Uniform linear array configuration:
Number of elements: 4
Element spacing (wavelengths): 0.25
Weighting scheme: cosine
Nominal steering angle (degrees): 0
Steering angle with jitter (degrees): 1.269
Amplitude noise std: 0.05
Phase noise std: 0.05

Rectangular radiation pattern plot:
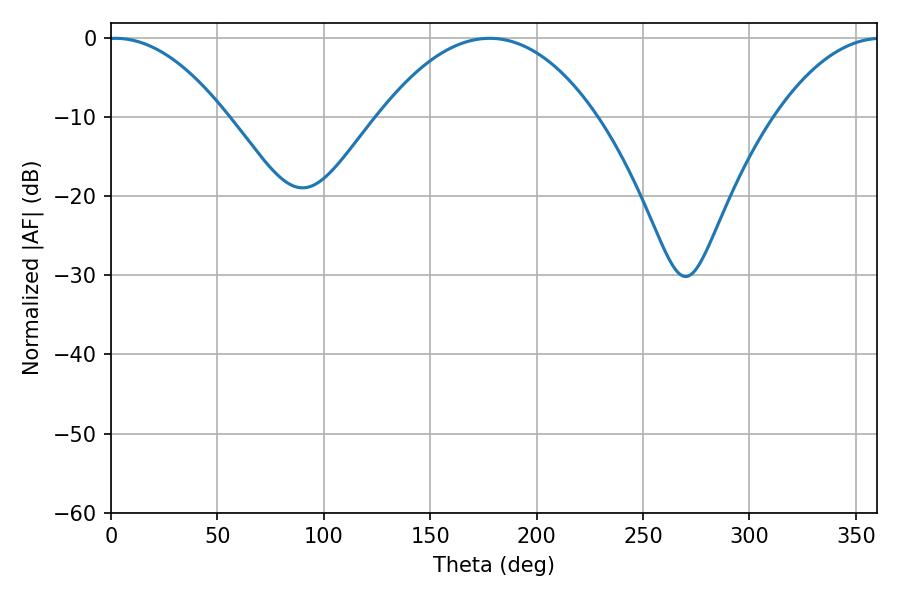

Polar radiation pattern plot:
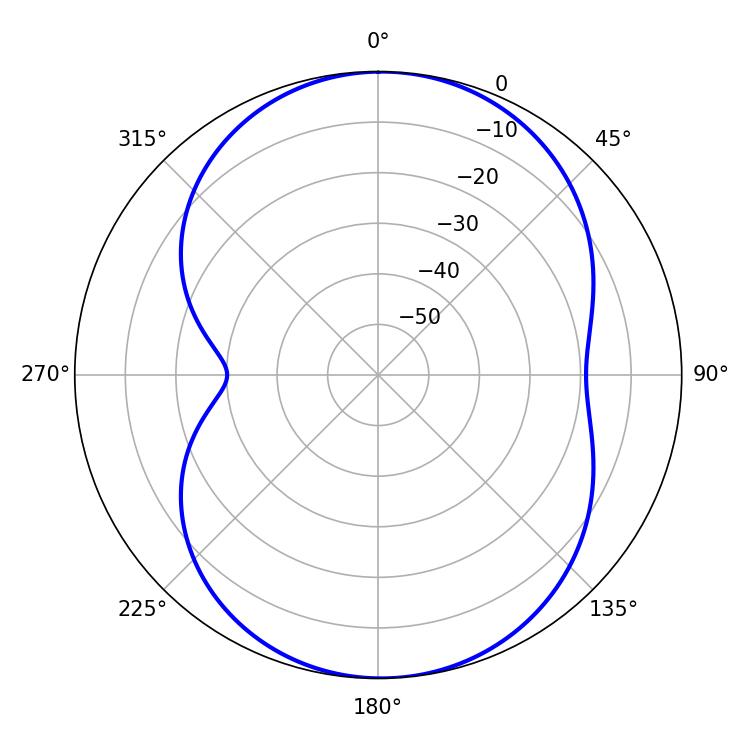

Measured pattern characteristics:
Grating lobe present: FALSE
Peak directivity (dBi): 12.847
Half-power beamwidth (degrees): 30.78
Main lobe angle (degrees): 2.16